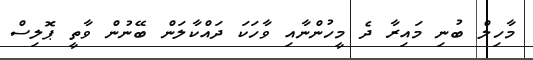
މާހިލް ބުނި މައިރާ ދެ މީހުންނާއި ވާހަކަ ދައްކާލަން ބޭނުން ވާތީ ޕޮލިސް